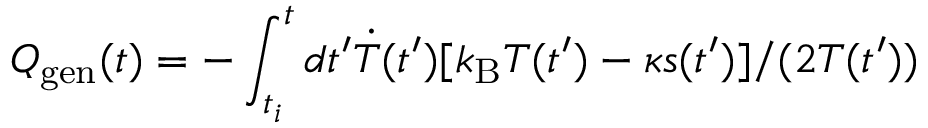
Q _ { \mathrm { g e n } } ( t ) = - \int _ { t _ { i } } ^ { t } d t ^ { \prime } \dot { T } ( t ^ { \prime } ) [ k _ { \mathrm { B } } T ( t ^ { \prime } ) - \kappa s ( t ^ { \prime } ) ] / ( 2 T ( t ^ { \prime } ) )